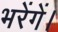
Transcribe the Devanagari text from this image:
भरेंगें।